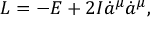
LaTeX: L = - E + 2 { \cal I } \dot { a } ^ { \mu } \dot { a } ^ { \mu } ,